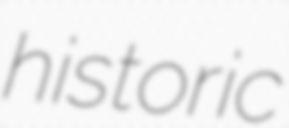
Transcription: historic